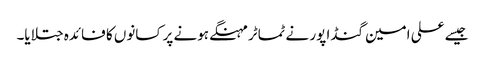
جیسے علی امین گنڈا پور نے ٹماٹر مہنگے ہونے پر کسانوں کا فائدہ جتلایا۔